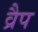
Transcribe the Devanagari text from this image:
व्रैप